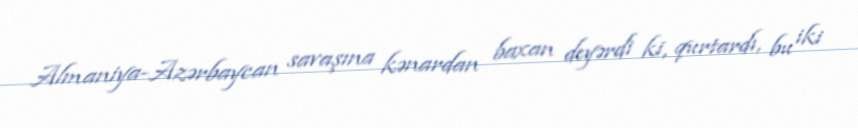
Almaniya-Azərbaycan savaşına kənardan baxan deyərdi ki, qurtardı, bu iki